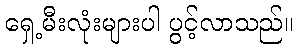
ရှေ့မီးလုံးများပါ ပွင့်လာသည်။